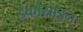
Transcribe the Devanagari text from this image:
ईकोसाइन